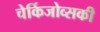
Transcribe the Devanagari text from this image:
चेर्किजोव्सकी